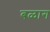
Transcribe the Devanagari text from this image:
बळाग